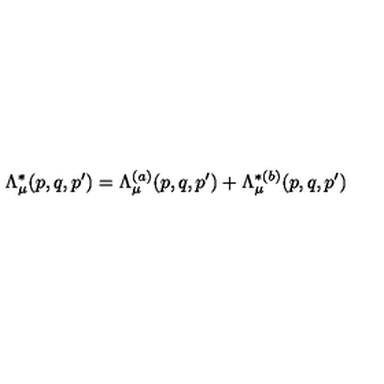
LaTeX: \Lambda _ { \mu } ^ { \ast } ( p , q , p ^ { \prime } ) = \Lambda _ { \mu } ^ { ( a ) } ( p , q , p ^ { \prime } ) + \Lambda _ { \mu } ^ { \ast ( b ) } ( p , q , p ^ { \prime } )